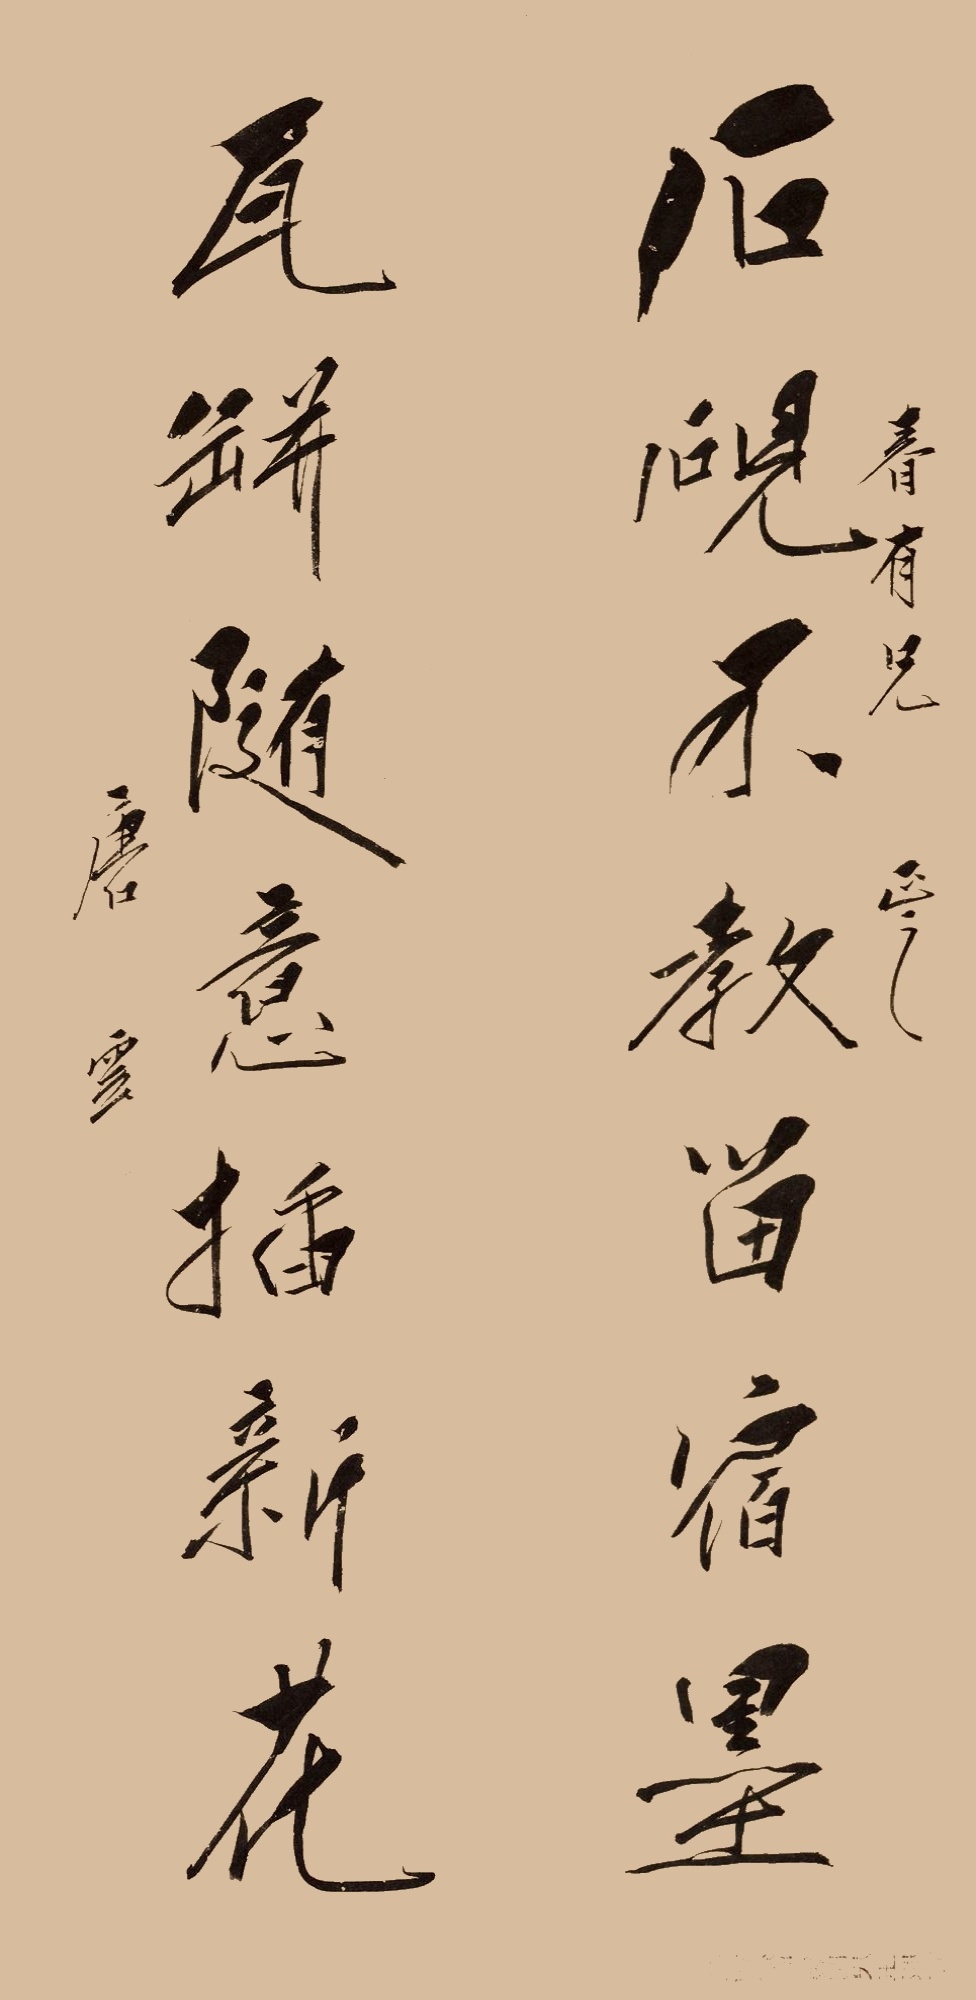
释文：石砚不教留宿墨，瓦瓶随之插新花。春有兄正之，唐云。